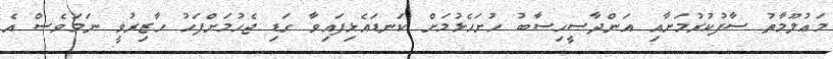
މަޢުލޫމާތު ސާފުކުރުމަށާއި އަންދާސީހިސާބު ހުށަހެޅުމަށް ކަނޑައެޅިފައިވާ ގަޑި ޖެހުމަށްފަހު ހާޒިރުވީ ނަމަވެސް އެ